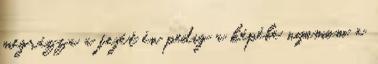
megrázza a fejét én pedig a képébe nyomom a